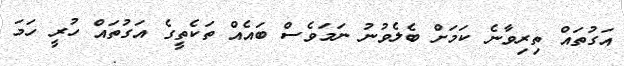
އަގުތައް ތިރިވާނެ ކަމަށް ބެލެވުނު ނަމަވެސް ބައެއް ތަކެތީގެ އަގުތައް ހުރީ ހަމަ